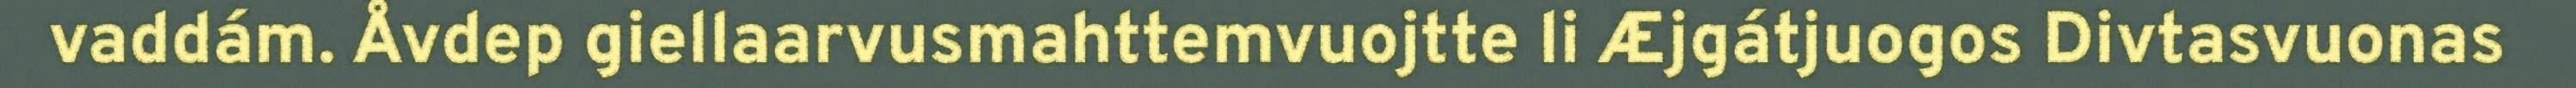
vaddám. Åvdep giellaarvusmahttemvuojtte li Æjgátjuogos Divtasvuonas